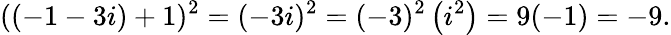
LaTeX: ((-1-3i)+1)^{2}=(-3i)^{2}=(-3)^{2}\left(i^{2}\right)=9(-1)=-9.